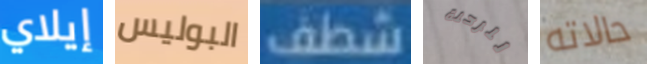
إيلاي البوليس شطف للرحلة حالاته